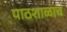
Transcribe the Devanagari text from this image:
पाठशाळाच